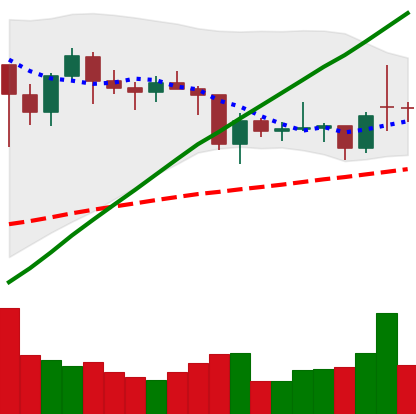
Ticker: BTC-USD
Chart end date: 2021-01-30
Forward return: 7.752%
Label: up_7plus